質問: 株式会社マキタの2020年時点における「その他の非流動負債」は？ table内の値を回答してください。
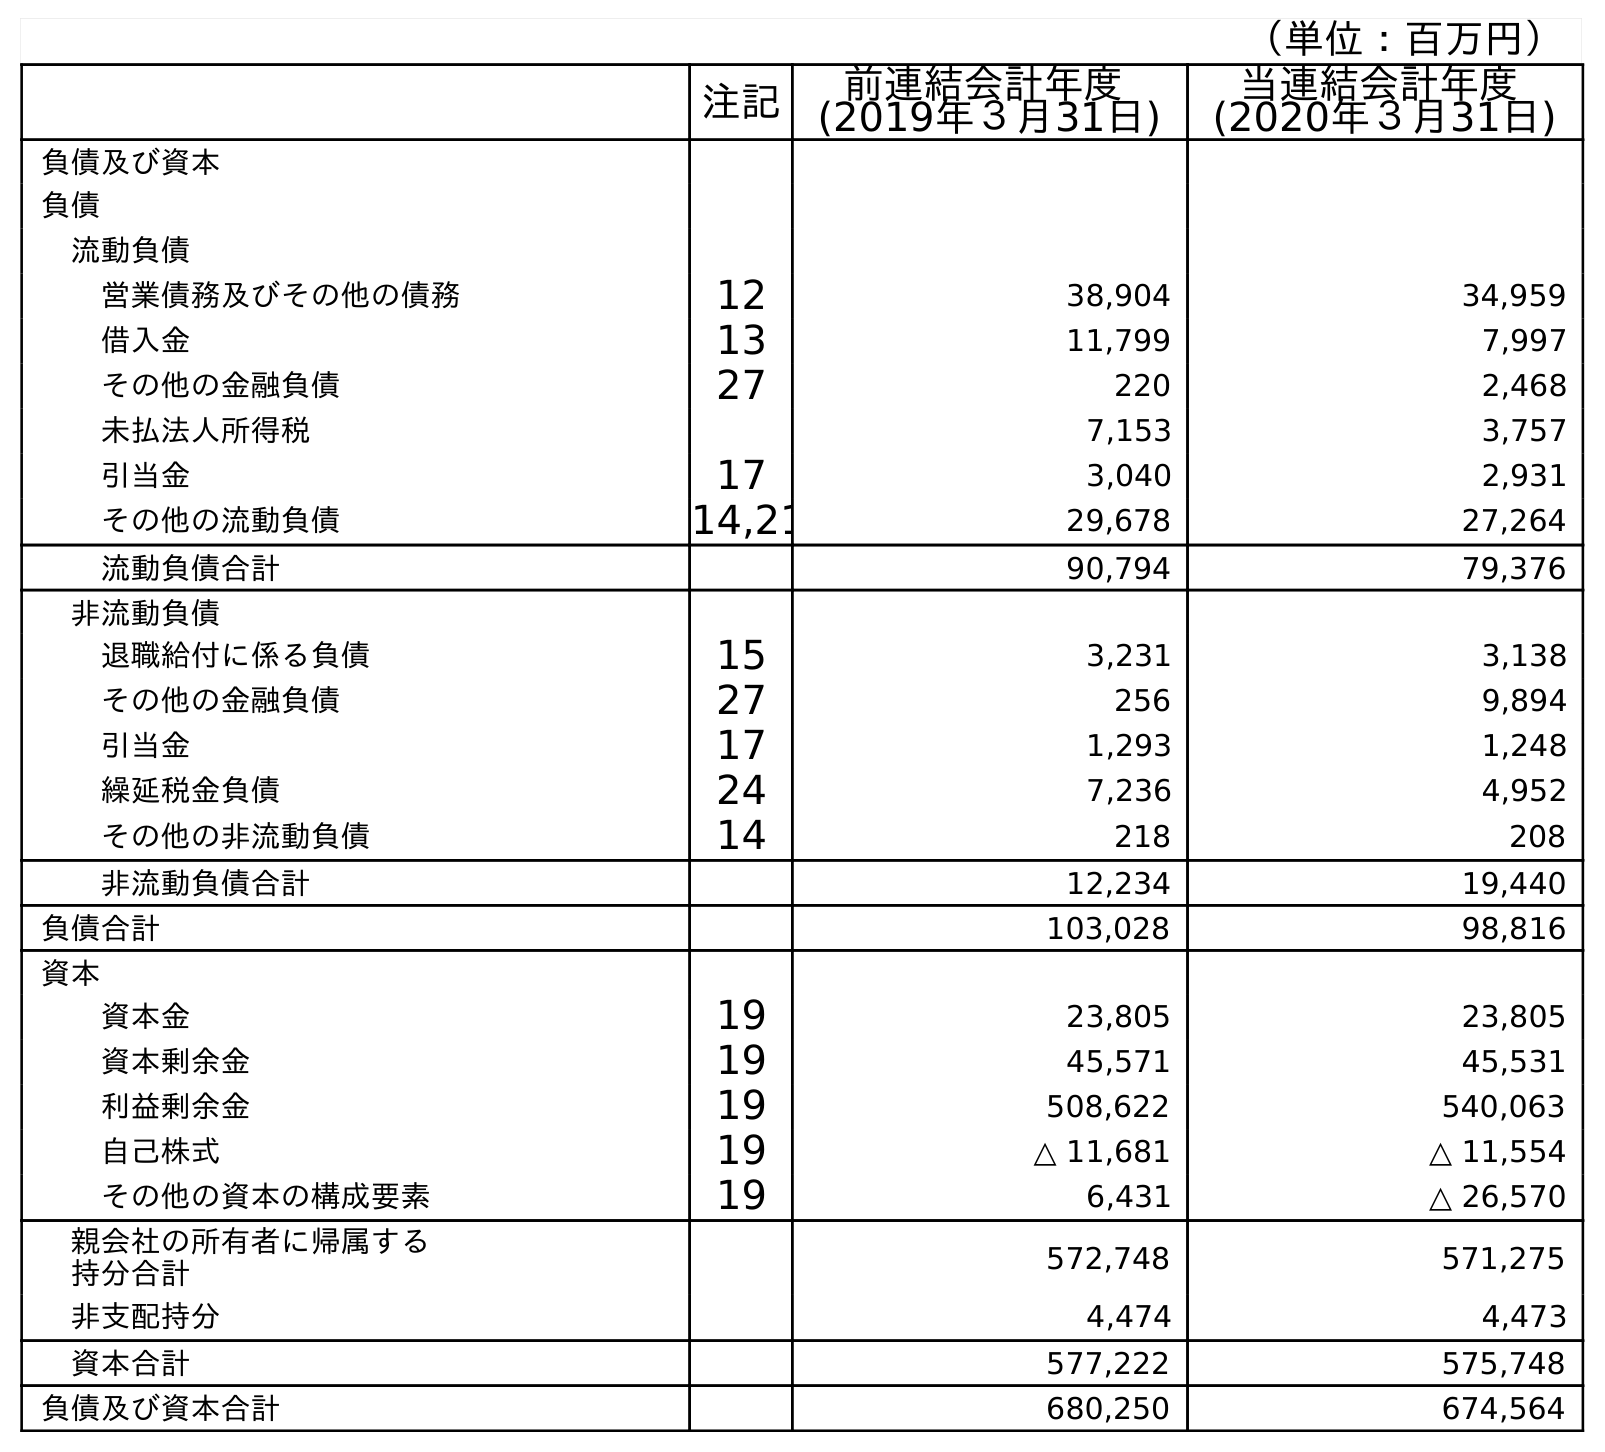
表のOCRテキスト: （単位：百万円） 注記 前連結会計年度 (2019年３月31日) 当連結会計年度 (2020年３月31日) 負債及び資本 負債 流動負債 営業債務及びその他の債務 12 38,904 34,959 借入金 13 11,799 7,997 その他の金融負債 27 220 2,468 未払法人所得税 7,153 3,757 引当金 17 3,040 2,931 その他の流動負債 14,21 29,678 27,264 流動負債合計 90,794 79,376 非流動負債 退職給付に係る負債 15 3,231 3,138 その他の金融負債 27 256 9,894 引当金 17 1,293 1,248 繰延税金負債 24 7,236 4,952 その他の非流動負債 14 218 208 非流動負債合計 12,234 19,440 負債合計 103,028 98,816 資本 資本金 19 23,805 23,805 資本剰余金 19 45,571 45,531 利益剰余金 19 508,622 540,063 自己株式 19 △ 11,681 △ 11,554 その他の資本の構成要素 19 6,431 △ 26,570 親会社の所有者に帰属する 持分合計 572,748 571,275 非支配持分 4,474 4,473 資本合計 577,222 575,748 負債及び資本合計 680,250 674,564
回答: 208